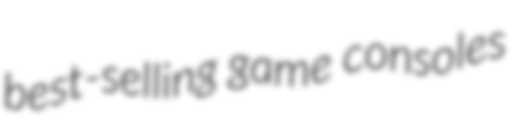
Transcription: best-selling game consoles